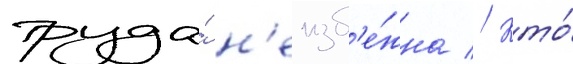
труда́ н'еизб'е́жна // Кто́